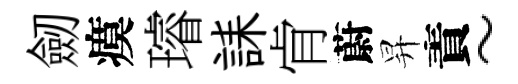
劒瘼璿誄肻蔚昇責~